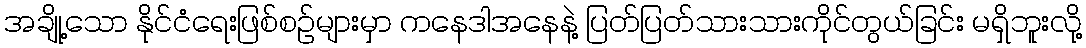
အချို့သော နိုင်ငံရေးဖြစ်စဉ်များမှာ ကနေဒါအနေနဲ့ ပြတ်ပြတ်သားသားကိုင်တွယ်ခြင်း မရှိဘူးလို့